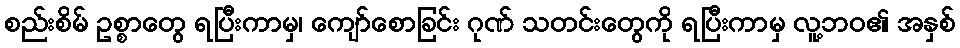
စည်းစိမ် ဥစ္စာတွေ ရပြီးကာမှ၊ ကျော်စောခြင်း ဂုဏ် သတင်းတွေကို ရပြီးကာမှ လူ့ဘဝ၏ အနှစ်